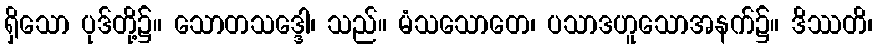
ရှိသော ပုဒ်တို့၌။ သောတသဒ္ဒေါ၊ သည်။ မံသသောတေ၊ ပသာဒဟူသောအနက်၌။ ဒိဿတိ၊